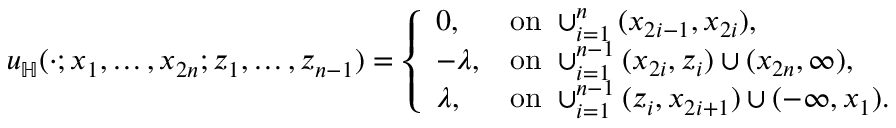
\begin{array} { r } { u _ { \mathbb { H } } ( \cdot ; x _ { 1 } , \ldots , x _ { 2 n } ; z _ { 1 } , \ldots , z _ { n - 1 } ) = \left\{ \begin{array} { l l } { 0 , } & { \mathrm { o n ~ } \cup _ { i = 1 } ^ { n } ( x _ { 2 i - 1 } , x _ { 2 i } ) , } \\ { - \lambda , } & { \mathrm { o n ~ } \cup _ { i = 1 } ^ { n - 1 } ( x _ { 2 i } , z _ { i } ) \cup ( x _ { 2 n } , \infty ) , } \\ { \lambda , } & { \mathrm { o n ~ } \cup _ { i = 1 } ^ { n - 1 } ( z _ { i } , x _ { 2 i + 1 } ) \cup ( - \infty , x _ { 1 } ) . } \end{array} \right. } \end{array}